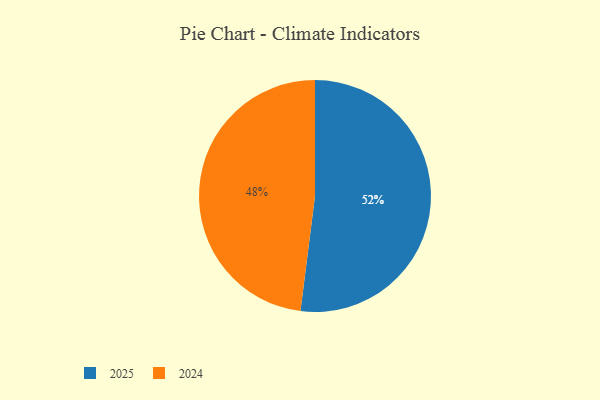
{"axis": {"x": "Category", "y": "Percentage"}, "legend": ["2024", "2025"], "data": [{"x": "2025", "y": 52, "type": "2025"}, {"x": "2024", "y": 48, "type": "2024"}]}